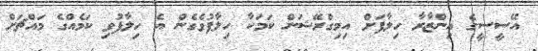
އޭސީސީގެ އިންޒާރާ ހިލާފަށް އިމިގްރޭޝަން ކަމަކާ ހިލާފުވެގެން އެ ހިލާފުވި ކަމެއްގެ މައްޗަށް